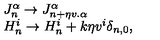
\begin{array} { l c r } { J _ { n } ^ { \alpha } \to J _ { n + \eta v . { \alpha } } ^ { \alpha } } \\ { H _ { n } ^ { i } \to H _ { n } ^ { i } + k \eta v ^ { i } \delta _ { n , 0 } , } \\ \end{array}